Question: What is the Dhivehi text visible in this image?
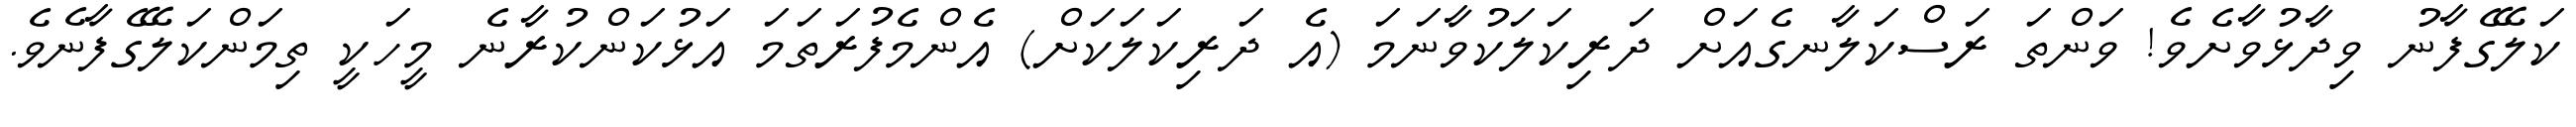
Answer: ކަލޭގެފާނު ވިދާޅުވާށެވެ! ވަންތަ ރަސްކަލާނގެއަށް ދަރިކަލަކުވާނަމަ (އެ ދަރިކަލަކަށް) އެންމެފުރަތަމަ އަޅުކަންކުރާނެ މީހަކީ ތިމަންކަލޭގެފާނެވެ.